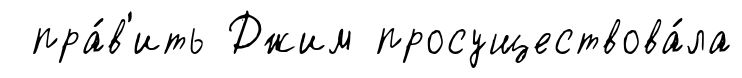
пра́в'ить Джим просуществова́ла